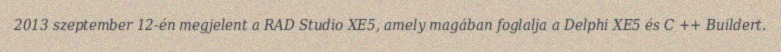
2013 szeptember 12-én megjelent a RAD Studio XE5, amely magában foglalja a Delphi XE5 és C ++ Buildert.